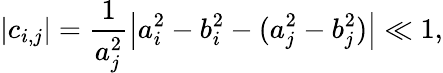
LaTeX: |c_{i,j}|=\frac{1}{a_{j}^{2}}\left|a_{i}^{2}-b_{i}^{2}-(a_{j}^{2}-b_{j}^{2})\right|\ll 1,